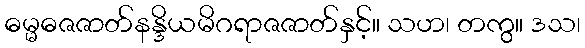
ဓမ္မဓဇဇာတ်နန္ဒိယမိဂရာဇဇာတ်နှင့်။ သဟ၊ တကွ။ ဒသ၊